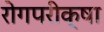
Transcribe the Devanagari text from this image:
रोगपरीक्षा